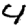
Digit: 4